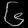
Digit: ၆